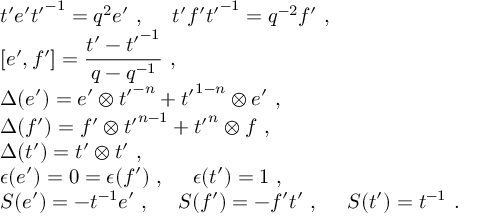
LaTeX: \begin{array} { l } { { t ^ { \prime } e ^ { \prime } { t ^ { \prime } } ^ { - 1 } = q ^ { 2 } e ^ { \prime } ~ , ~ ~ ~ ~ t ^ { \prime } f ^ { \prime } { t ^ { \prime } } ^ { - 1 } = q ^ { - 2 } f ^ { \prime } ~ , } } \\ { { [ e ^ { \prime } , f ^ { \prime } ] = \displaystyle \frac { t ^ { \prime } - { t ^ { \prime } } ^ { - 1 } } { q - q ^ { - 1 } } ~ , } } \\ { { \Delta ( e ^ { \prime } ) = e ^ { \prime } \otimes { t ^ { \prime } } ^ { - n } + { t ^ { \prime } } ^ { 1 - n } \otimes e ^ { \prime } ~ , } } \\ { { \Delta ( f ^ { \prime } ) = f ^ { \prime } \otimes { t ^ { \prime } } ^ { n - 1 } + { t ^ { \prime } } ^ { n } \otimes f ~ , } } \\ { { \Delta ( t ^ { \prime } ) = t ^ { \prime } \otimes t ^ { \prime } ~ , } } \\ { { \epsilon ( e ^ { \prime } ) = 0 = \epsilon ( f ^ { \prime } ) ~ , ~ ~ ~ ~ \epsilon ( t ^ { \prime } ) = 1 ~ , } } \\ { { S ( e ^ { \prime } ) = - t ^ { - 1 } e ^ { \prime } ~ , ~ ~ ~ ~ S ( f ^ { \prime } ) = - f ^ { \prime } t ^ { \prime } ~ , ~ ~ ~ ~ S ( t ^ { \prime } ) = t ^ { - 1 } ~ . } } \end{array}